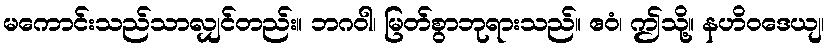
မကောင်းသည်သာလျှင်တည်း။ ဘဂဝါ၊ မြတ်စွာဘုရားသည်။ ဧဝံ၊ ဤသို့။ နဟိဝဒေယျ၊